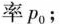
率p_{0}；